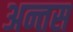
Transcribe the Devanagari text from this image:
अन्तस